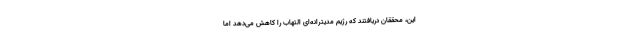
این، محققان دریافتند که رژیم مدیترانه‌ای التهاب را کاهش می‌دهد اما